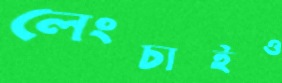
লেংচাইও